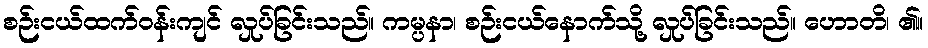
စဉ်းငယ်ထက်ဝန်းကျင် လှုပ်ခြင်းသည်။ ကမ္ပနာ၊ စဉ်းငယ်နောက်သို့ လှုပ်ခြင်းသည်။ ဟောတိ၊ ၏။